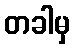
တခါမှ